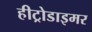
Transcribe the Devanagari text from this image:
हीट्रोडाइमर